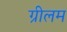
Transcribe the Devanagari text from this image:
ग्रीलम